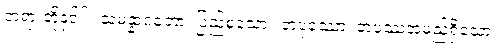
တရားတို့နှင့််။ သမန္နာဂတော၊ ပြည့်စုံသော။ တပုဿော၊ တပုဿအမည်ရှိသော။